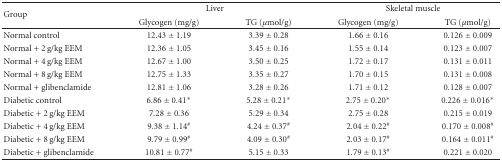
<table><thead><tr><td rowspan="2"><b>Group</b></td><td colspan="2"><b>Liver</b></td><td colspan="2"><b>Skeletal muscle</b></td></tr><tr><td><b>Glycogen (mg/g)</b></td><td><b>TG (<i>μ</i>mol/g)</b></td><td><b>Glycogen (mg/g)</b></td><td><b>TG (<i>μ</i>mol/g)</b></td></tr></thead><tbody><tr><td>Normal control</td><td>12.43 ± 1.19</td><td>3.39 ± 0.28</td><td>1.66 ± 0.16</td><td>0.126 ± 0.009</td></tr><tr><td>Normal + 2 g/kg EEM</td><td>12.36 ± 1.05</td><td>3.45 ± 0.16</td><td>1.55 ± 0.14</td><td>0.123 ± 0.007</td></tr><tr><td>Normal + 4 g/kg EEM</td><td>12.67 ± 1.00</td><td>3.50 ± 0.25</td><td>1.72 ± 0.17</td><td>0.131 ± 0.011</td></tr><tr><td>Normal + 8 g/kg EEM</td><td>12.75 ± 1.33</td><td>3.35 ± 0.27</td><td>1.70 ± 0.15</td><td>0.131 ± 0.008</td></tr><tr><td>Normal + glibenclamide</td><td>12.81 ± 1.06</td><td>3.28 ± 0.26</td><td>1.71 ± 0.12</td><td>0.128 ± 0.007</td></tr><tr><td>Diabetic control</td><td>6.86 ± 0.41*</td><td>5.28 ± 0.21*</td><td>2.75 ± 0.20*</td><td>0.226 ± 0.016*</td></tr><tr><td>Diabetic + 2 g/kg EEM</td><td>7.28 ± 0.36</td><td>5.29 ± 0.34</td><td>2.75 ± 0.28</td><td>0.215 ± 0.019</td></tr><tr><td>Diabetic + 4 g/kg EEM</td><td>9.38 ± 1.14<sup>#</sup></td><td>4.24 ± 0.37<sup>#</sup></td><td>2.04 ± 0.22<sup>#</sup></td><td>0.170 ± 0.008<sup>#</sup></td></tr><tr><td>Diabetic + 8 g/kg EEM</td><td>9.79 ± 0.99<sup>#</sup></td><td>4.09 ± 0.30<sup>#</sup></td><td>2.03 ± 0.17<sup>#</sup></td><td>0.164 ± 0.011<sup>#</sup></td></tr><tr><td>Diabetic + glibenclamide</td><td>10.81 ± 0.77<sup>#</sup></td><td>5.15 ± 0.33</td><td>1.79 ± 0.13<sup> #</sup></td><td>0.221 ± 0.020</td></tr></tbody></table>